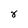
Character: 8